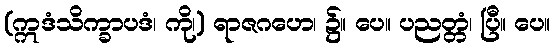
(ဣဒံသိက္ခာပဒံ၊ ကို၊) ရာဇဂဟေ၊ ၌။ ပေ။ ပညတ္တံ၊ ပြီ။ ပေ။